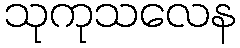
သုကုသလေန